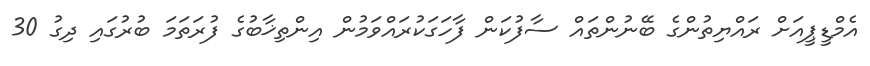
އެމްޑީޕީއަށް ރައްޔިތުންގެ ބޭނުންތައް ސާފުކަން ފާހަގަކުރައްވަމުން އިންތިޚާބުގެ ފުރަތަމަ ބުރުގައި ދިގު 30